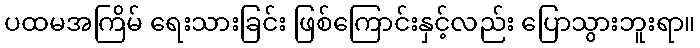
ပထမအကြိမ် ရေးသားခြင်း ဖြစ်ကြောင်းနှင့်လည်း ပြောသွားဘူးရာ။